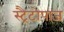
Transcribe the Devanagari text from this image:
स्ट्रैटोपाज